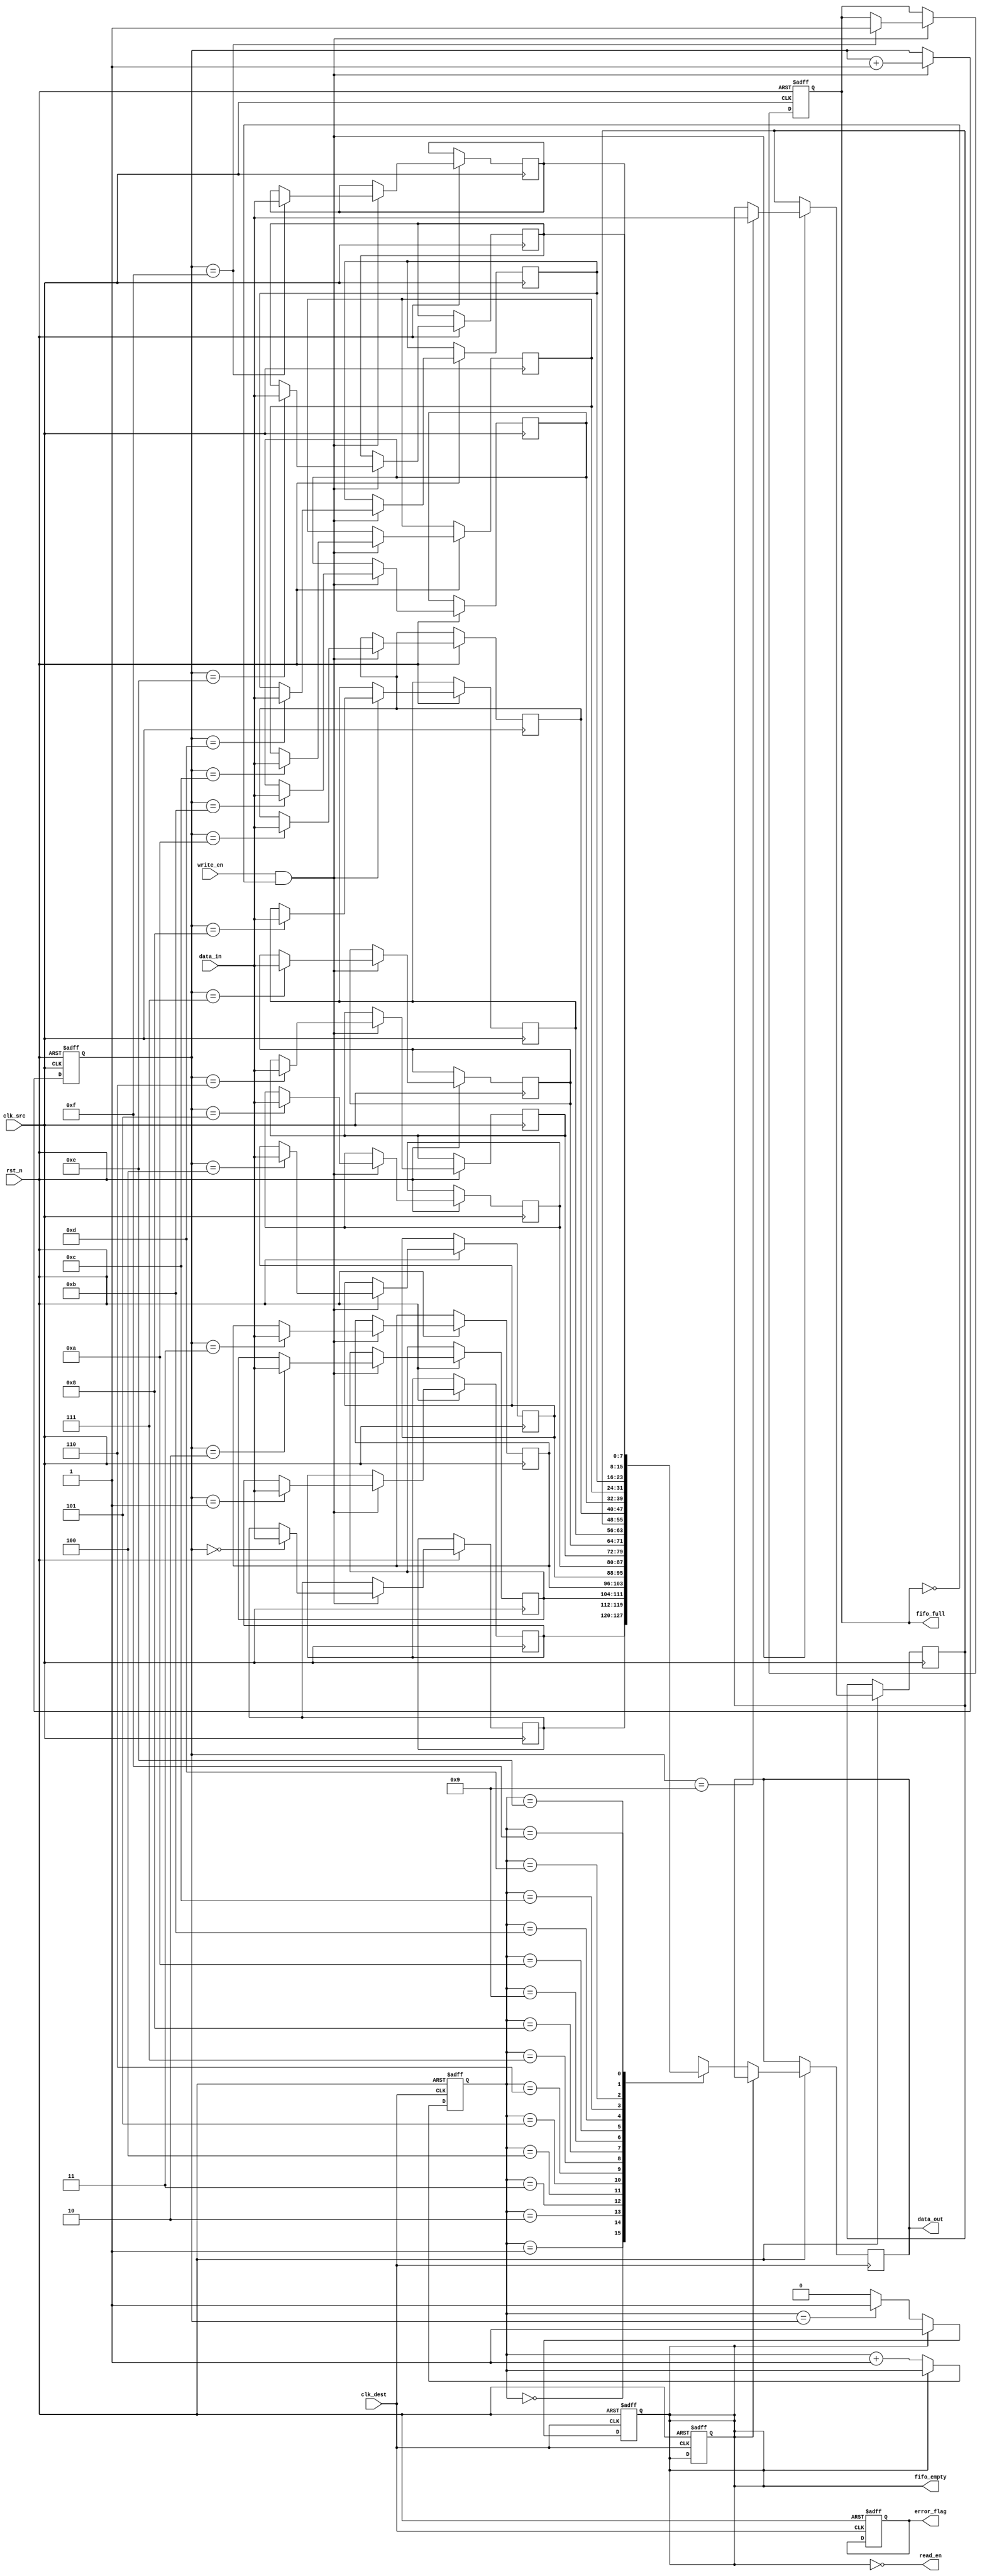
module burst_mode_synchronizer #(
    parameter DATA_WIDTH = 8,
    parameter FIFO_DEPTH = 16
)(
    input wire clk_src,          // Source clock
    input wire clk_dest,         // Destination clock
    input wire rst_n,            // Active low reset
    input wire [DATA_WIDTH-1:0] data_in, // Data input
    input wire write_en,         // Write enable for input FIFO
    output wire fifo_full,       // Output FIFO full flag
    output wire fifo_empty,      // Output FIFO empty flag
    output wire [DATA_WIDTH-1:0] data_out, // Data output
    output wire read_en,         // Read enable for output FIFO
    output wire error_flag        // Error flag for burst transfer
);

    // Internal signals
    reg [DATA_WIDTH-1:0] fifo_mem [0:FIFO_DEPTH-1]; // Input FIFO memory
    reg [3:0] write_ptr, read_ptr;                   // FIFO pointers
    reg burst_detected;                               // Burst detection signal
    reg [3:0] burst_counter;                          // Burst counter
    reg [DATA_WIDTH-1:0] sync_data;                  // Synchronized data
    reg fifo_full_reg, fifo_empty_reg;               // FIFO status registers
    reg error_flag_reg;                              // Error flag register

    // Input FIFO Write Logic
    always @(posedge clk_src or negedge rst_n) begin
        if (!rst_n) begin
            write_ptr <= 0;
            fifo_full_reg <= 0;
        end else if (write_en && !fifo_full_reg) begin
            fifo_mem[write_ptr] <= data_in;
            write_ptr <= write_ptr + 1;
            if (write_ptr == FIFO_DEPTH - 1) begin
                fifo_full_reg <= 1;
            end
        end
    end

    // Input FIFO Read Logic
    always @(posedge clk_dest or negedge rst_n) begin
        if (!rst_n) begin
            read_ptr <= 0;
            fifo_empty_reg <= 1;
        end else if (read_en && !fifo_empty_reg) begin
            sync_data <= fifo_mem[read_ptr];
            read_ptr <= read_ptr + 1;
            if (read_ptr == write_ptr) begin
                fifo_empty_reg <= 1;
            end
        end
    end

    // Burst Detection Logic
    always @(posedge clk_src or negedge rst_n) begin
        if (!rst_n) begin
            burst_detected <= 0;
            burst_counter <= 0;
        end else if (write_en) begin
            if (burst_counter == 0) begin
                burst_detected <= 1; // Start of burst
            end
            burst_counter <= burst_counter + 1;
        end else if (burst_counter > 0) begin
            burst_counter <= burst_counter - 1;
            if (burst_counter == 1) begin
                burst_detected <= 0; // End of burst
            end
        end
    end

    // Output FIFO Logic (Synchronized Data)
    always @(posedge clk_dest or negedge rst_n) begin
        if (!rst_n) begin
            fifo_empty_reg <= 1;
            error_flag_reg <= 0;
        end else if (burst_detected) begin
            // Transfer data to output FIFO (simplified for demonstration)
            // Implement output FIFO logic here
            // Set error_flag_reg if needed
        end
    end

    // Assign outputs
    assign data_out = sync_data;
    assign fifo_full = fifo_full_reg;
    assign fifo_empty = fifo_empty_reg;
    assign read_en = !fifo_empty_reg;
    assign error_flag = error_flag_reg;

endmodule